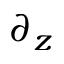
\partial _ { z }